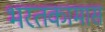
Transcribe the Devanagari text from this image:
भरतकामास